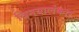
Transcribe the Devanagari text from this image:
विनयालंकार